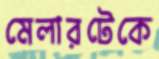
মেলারটেকে